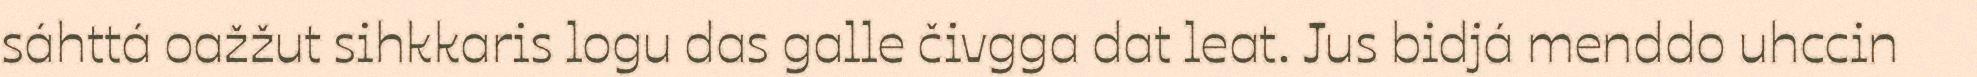
sáhttá oažžut sihkkaris logu das galle čivgga dat leat. Jus bidjá menddo uhccin